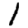
Digit: 1